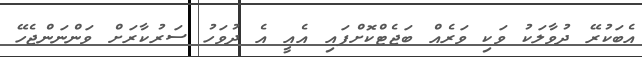
އެބަކުރޭ ދުވާލަކު ވަކި ވަރެއް ބަޖެޓްކޮށްފައި އެއީ އެ ދުވަހު ސަރުކާރަށް ވަންނަންޖެހޭ